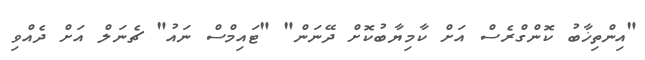
"އިންތިޚާބު ކޮންގްރެސް އަށް ކާމިޔާބުކޮށް ދޭނަން" "ޓައިމްސް ނައު" ޗެނަލް އަށް ދެއްވި